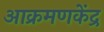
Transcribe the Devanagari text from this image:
आक्रमणकेंद्र